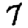
Digit: 7